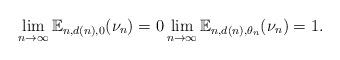
LaTeX: \begin{align*}\lim_{n \to \infty} \mathbb{E}_{n, d(n), 0}(\nu_n) = 0 \lim_{n \to \infty} \mathbb{E}_{n, d(n), \theta_n}(\nu_n) = 1.\end{align*}